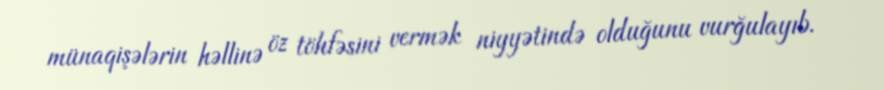
münaqişələrin həllinə öz töhfəsini vermək niyyətində olduğunu vurğulayıb.